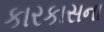
કારકાસના